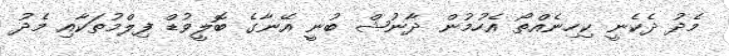
މެދު ދެކެނީ ކިހިނެއްތޯ އެހުމުން ދާނުޝް ބުނީ އޭނާގެ ބޮލީވުޑް ފިލްމުތަކާއި މެދު